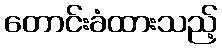
တောင်းခံထားသည့်